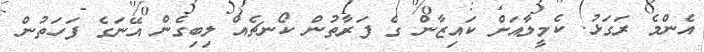
އެންމެ ރަގަޅު. ކެމީލާއަށް ކައިޒާން ގެ ފަރާތުން ކޯނޗެއް ލިބިގެން އޭނަގެ ފަހަތުން